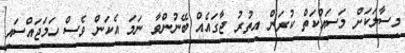
މިސާލަކަށް މަސައްކަތް ކުރަން އިތުރު ޖާގައެއް ބޭނުންވާ ނަމަ އެކަން ވެސް ހަމަޖައްސައި